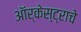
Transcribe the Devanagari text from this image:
ऑर्केस्ट्राचे